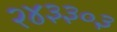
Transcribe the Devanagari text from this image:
२४३३०३